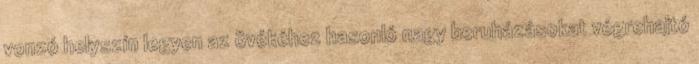
vonzó helyszín legyen az övékéhez hasonló nagy beruházásokat végrehajtó